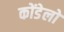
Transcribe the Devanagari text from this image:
कोंडेलो